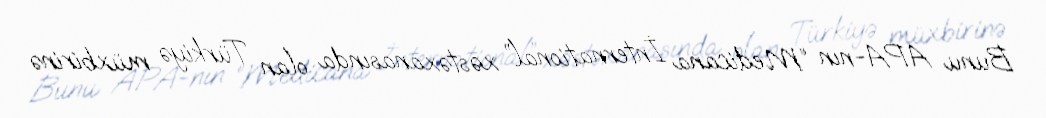
Bunu APA-nın “Medicana İnternational” xəstəxanasında olan Türkiyə müxbirinə